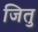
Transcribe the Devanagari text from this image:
जितु